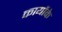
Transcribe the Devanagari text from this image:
कार्योके